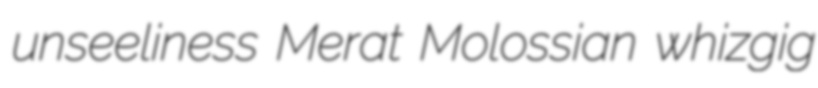
unseeliness Merat Molossian whizgig